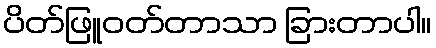
ပိတ်ဖြူဝတ်တာသာ ခြားတာပါ။